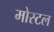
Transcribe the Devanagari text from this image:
मोस्टल